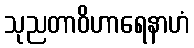
သုညတာဝိဟာရေနာဟံ